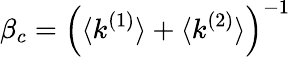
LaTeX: \beta_{c}=\left(\langle k^{(1)}\rangle+\langle k^{(2)}\rangle\right)^{-1}